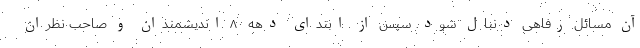
آن مسائل رفاهی دنبال شود. سپس از ابتدای دهه ۸۰ اندیشمندان و صاحب نظران